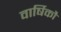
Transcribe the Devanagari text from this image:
वार्षिकौ